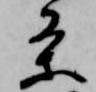
条